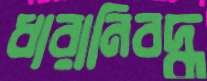
ধারানিবদ্ধ